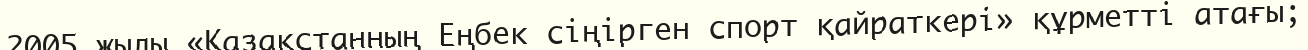
2005 жылы «Қазақстанның Еңбек сіңірген спорт қайраткері» құрметті атағы;